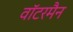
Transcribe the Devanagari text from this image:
वॉटरमैन